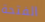
الفتحة